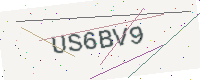
Text: US6BV9